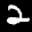
Label: 2